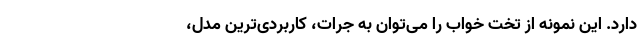
دارد. این نمونه از تخت خواب را می‌توان به جرات، کاربردی‌ترین مدل،